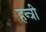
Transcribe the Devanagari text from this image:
हन्त्री